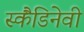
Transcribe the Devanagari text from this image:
स्कैंडिनेवी